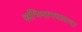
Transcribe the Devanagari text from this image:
अभियानचलाया